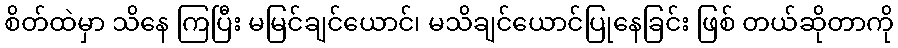
စိတ်ထဲမှာ သိနေ ကြပြီး မမြင်ချင်ယောင်၊ မသိချင်ယောင်ပြုနေခြင်း ဖြစ် တယ်ဆိုတာကို